DOW-UAP-D51, Email Correspondence, Pacific Time Zone, March 2023
Agency: Department of War
Incident date: 3/23/26
Incident location: Pacific Time Zone
Page 4
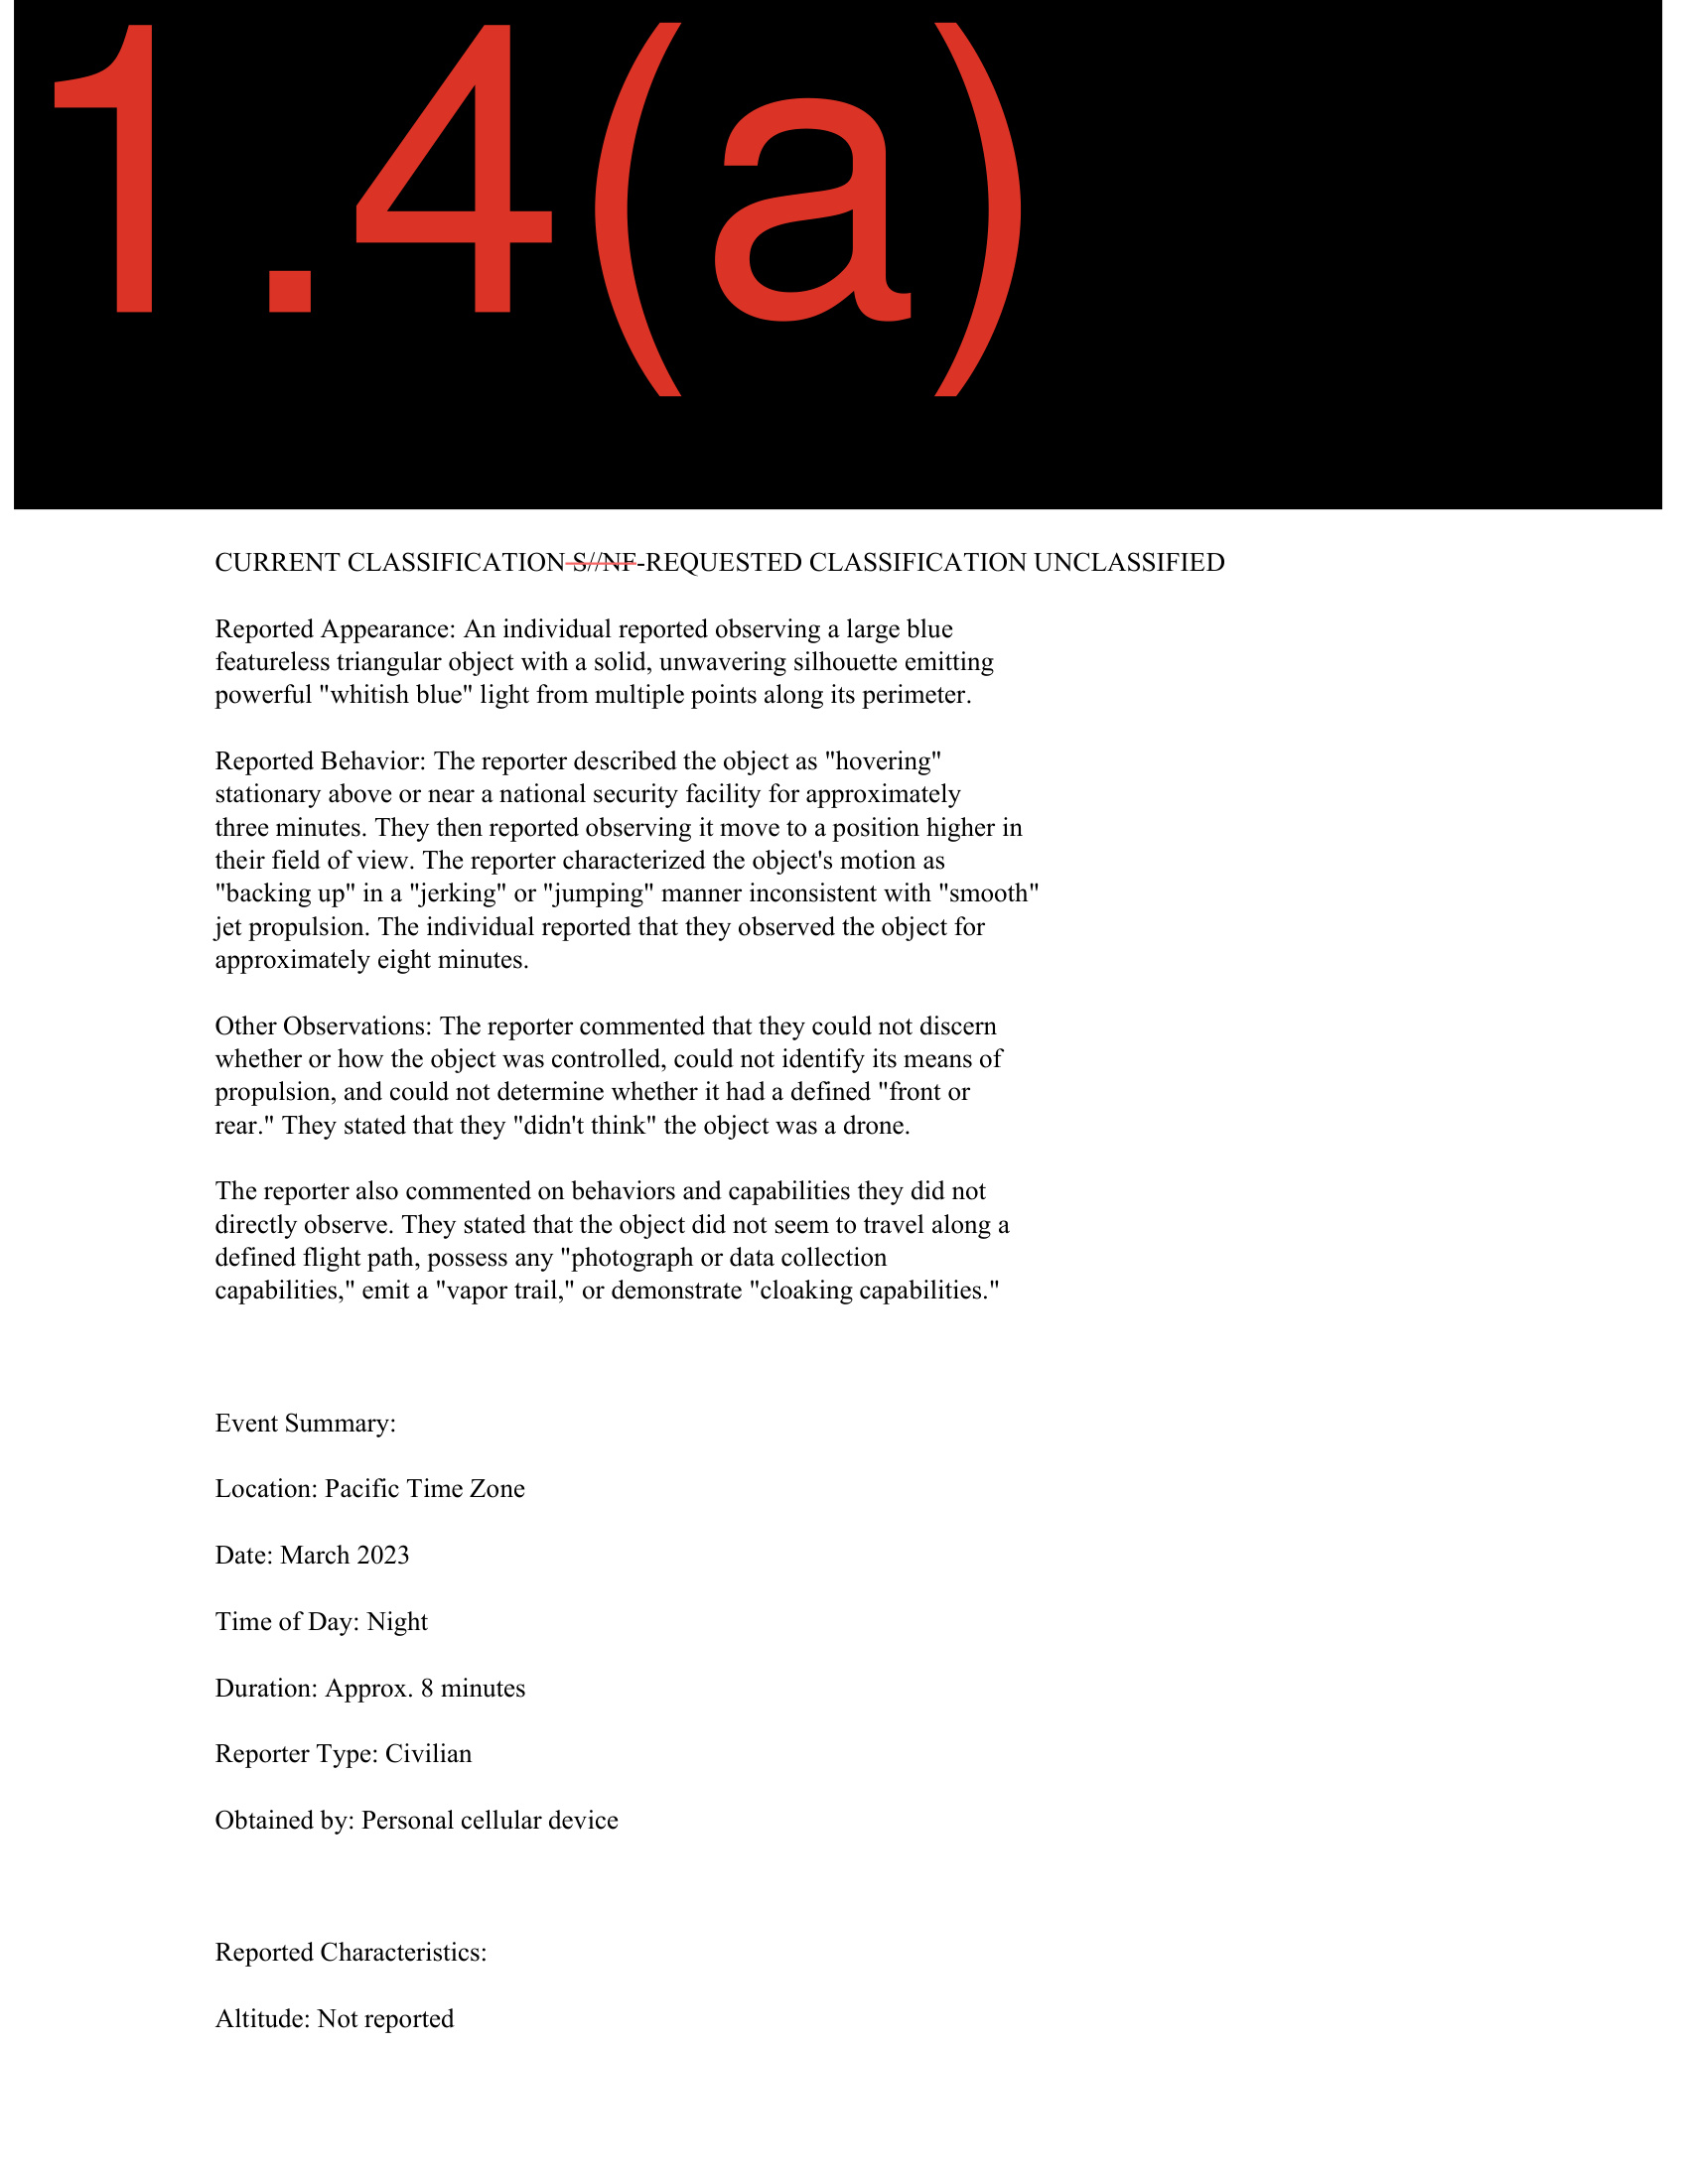